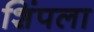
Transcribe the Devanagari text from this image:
शिंपला